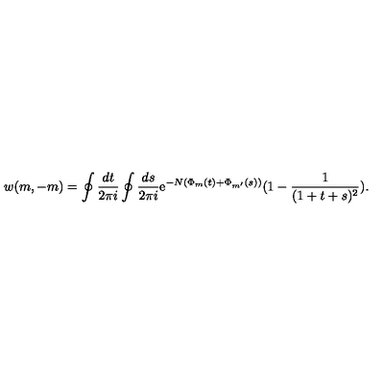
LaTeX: w ( m , - m ) = \oint \frac { d t } { 2 \pi i } \oint \frac { d s } { 2 \pi i } \mathrm { e } ^ { - N ( \Phi _ { m } ( t ) + \Phi _ { m ^ { \prime } } ( s ) ) } ( 1 - \frac { 1 } { ( 1 + t + s ) ^ { 2 } } ) .